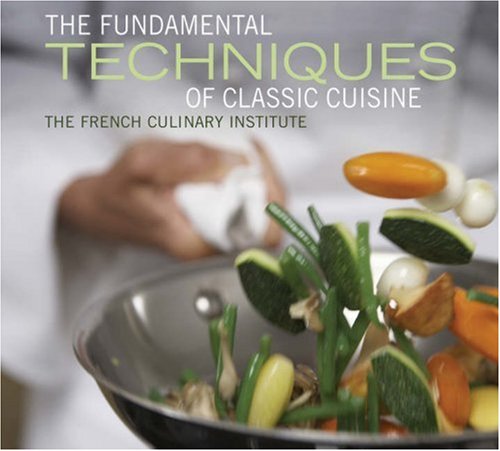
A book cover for Fundamental Techniques of Classic Cuisine; French Culinary Institute; Cookbooks, Food & Wine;